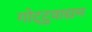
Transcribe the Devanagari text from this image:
गोट्टुवाद्यम